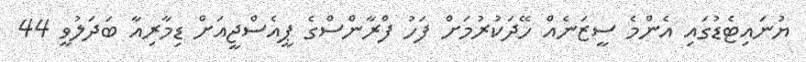
ޔުނައިޓެޑުގައި އެންމެ ސީޒަނެއް ހޭދަކުރުމަށް ފަހު ފްރާންސްގެ ޕީއެސްޖީއަށް ޑިމާރިއާ ބަދަލުވީ 44